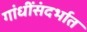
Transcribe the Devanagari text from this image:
गांधींसंदर्भात